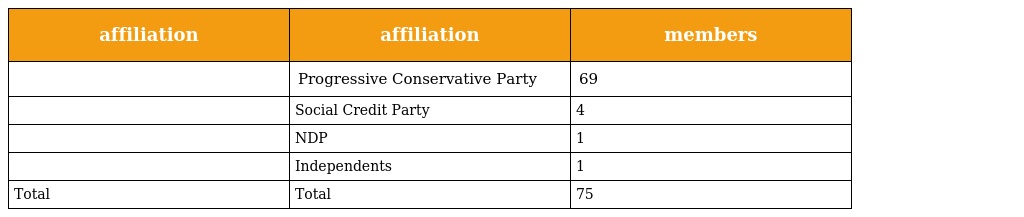
| affiliation | affiliation | members |
 | --- | --- | --- |
 |  | Progressive Conservative Party | 69 |
 |  | Social Credit Party | 4 |
 |  | NDP | 1 |
 |  | Independents | 1 |
 | Total | Total | 75 |